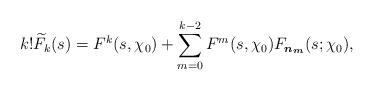
LaTeX: \begin{align*}k!\widetilde{F}_k(s)=F^k(s, \chi_0)+\sum_{m=0}^{k-2} F^m(s, \chi_0) F_{\boldsymbol{n_m}}(s; \chi_0),\end{align*}